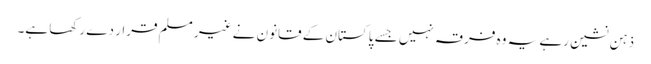
ذہن نشین رہے یہ وہ فرقہ نہیں جسے پاکستان کے قانون نے غیر مسلم قرار دے رکھا ہے۔